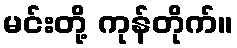
မင်းတို့ ကုန်တိုက်။